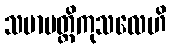
သမာပတ္တိကုသလေဟိ